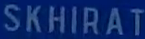
SKHIRAT